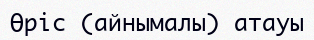
Өріс (айнымалы) атауы